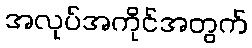
အလုပ်အကိုင်အတွက်